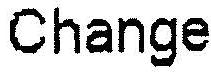
CHANGE